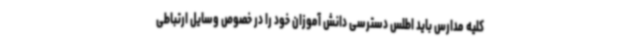
کلیه مدارس باید اطلس دسترسی دانش آموزان خود را در خصوص وسایل ارتباطی